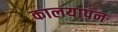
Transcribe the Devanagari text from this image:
कालयापन